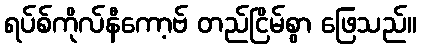
ရပ်စ်ကိုလ်နီကော့ဗ် တည်ငြိမ်စွာ ဖြေသည်။